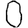
Digit: 0